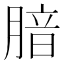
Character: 腤